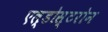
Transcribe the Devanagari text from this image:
एल्डोस्टरोन